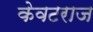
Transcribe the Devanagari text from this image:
केवटराज